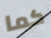
كما